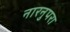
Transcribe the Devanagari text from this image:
नारनुपरा